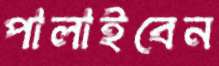
পালাইবেন